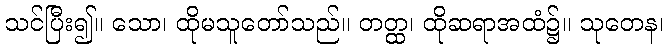
သင်ပြီး၍။ သော၊ ထိုမသူတော်သည်။ တတ္ထ၊ ထိုဆရာအထံ၌။ သုတေန၊